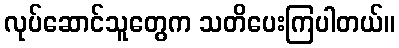
လုပ်ဆောင်သူတွေက သတိပေးကြပါတယ်။